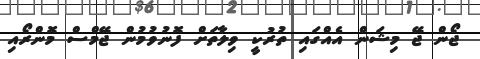
ޖޯން ޖޭ މިޝަން އެއްގައި ތުރުކީ ވިލާތަށް ފޮނުވުމުން ޖޭމްސް މޮންރޯއި